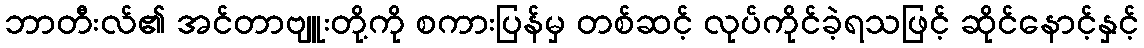
ဘာတီးလ်၏ အင်တာဗျူးတို့ကို စကားပြန်မှ တစ်ဆင့် လုပ်ကိုင်ခဲ့ရသဖြင့် ဆိုင်နောင့်နှင့်